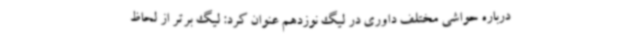
درباره حواشی مختلف داوری در لیگ نوزدهم عنوان کرد: لیگ برتر از لحاظ